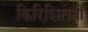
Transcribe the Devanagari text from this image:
किरिशितनों